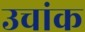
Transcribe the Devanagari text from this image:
उचांक